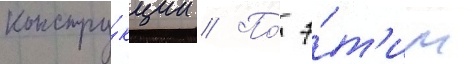
констру́кции // По́ э́т'им